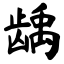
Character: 龋